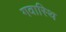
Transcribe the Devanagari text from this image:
गवास्थि